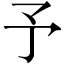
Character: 予